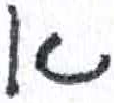
אות: א